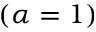
( \alpha = 1 )